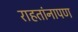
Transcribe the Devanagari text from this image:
राहतांनापण